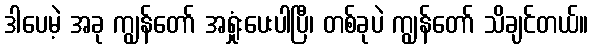
ဒါပေမဲ့ အခု ကျွန်တော် အရှုံးပေးပါပြီ၊ တစ်ခုပဲ ကျွန်တော် သိချင်တယ်။